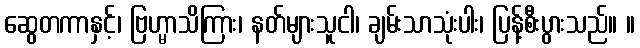
ဆွေတကာနှင့်၊ ဗြဟ္မာသိကြား၊ နတ်များသူငါ၊ ချမ်းသာသုံးပါး၊ ပြန့်စီးပွားသည်။ ။